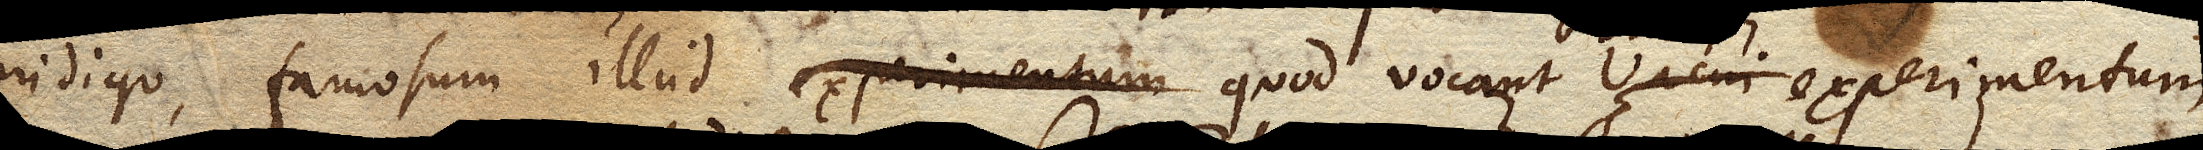
indigo, famosum illud quod vocant vacui experimentum